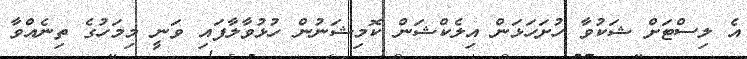
އެ ލިސްޓަށް ޝަކުވާ ހުށަހަޅަން އިލެކްޝަން ކޮމިޝަނުން ހުޅުވާލާފައި ވަނީ މިމަހުގެ ތިނެއްވާ